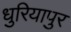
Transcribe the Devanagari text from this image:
धुरियापुर